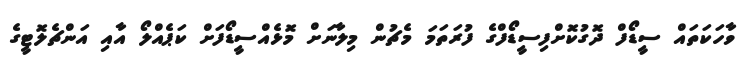
ވާހަކަތައް ސީޑޯފް ދޮގުކޮށްފިސީޑޯފްގެ ފުރަތަމަ މެޗުން މިލާނަށް މޮޅެއްސީޑޯފަށް ކަޕެއްލޯ އާއި އަންޗެލޮޓީގެ